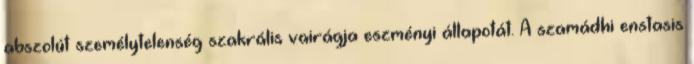
abszolút személytelenség szakrális vairágja eszményi állapotát. A szamádhi enstasis